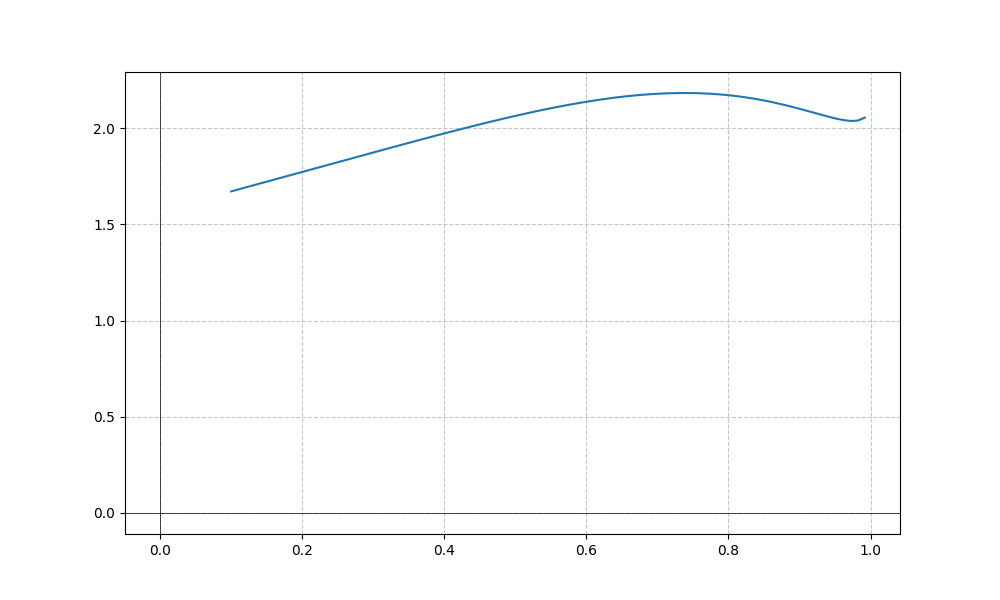
LaTeX formula: - x^{5} + \operatorname{acos}{\left(- x \right)}